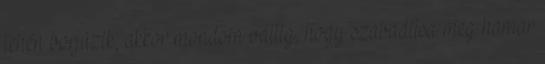
tehén borjúzik, akkor mondom váltig, hogy szabadítsa meg hamar